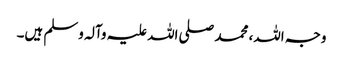
وجہ اللہ، محمد صلی اللہ علیہ وآلہ وسلم ہیں۔